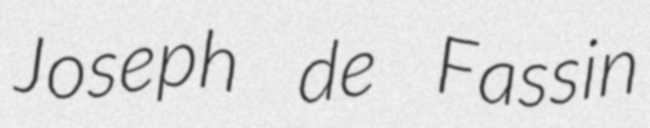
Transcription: Joseph de Fassin